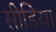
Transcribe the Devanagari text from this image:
सीडिया